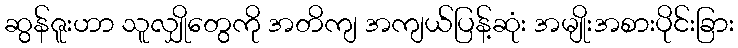
ဆွန်ဇူးဟာ သူလျှိုတွေကို အတိကျ အကျယ်ပြန့်ဆုံး အမျိုးအစားပိုင်းခြား